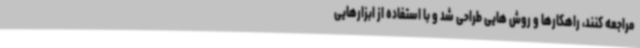
مراجعه کنند، راهکارها و روش هایی طراحی شد و با استفاده از ابزارهایی